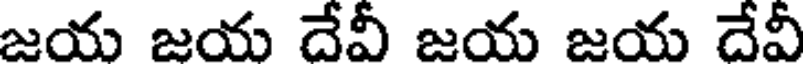
జయ జయ దేవీ జయ జయ దేవీ